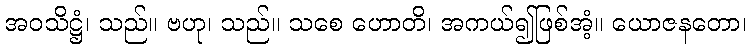
အဝသိဋ္ဌံ၊ သည်။ ဗဟု၊ သည်။ သစေ ဟောတိ၊ အကယ်၍ဖြစ်အံ့။ ယောဇနတော၊